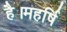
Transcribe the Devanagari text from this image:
है।महर्षि